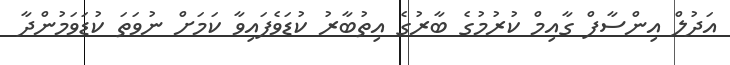
އަދުލް އިންސާފް ގާއިމް ކުރުމުގެ ބާރުގެ އިތުބާރު ކުޑަވެފައިވާ ކަމަށް ނުވަތަ ކުޑަވަމުންދާ